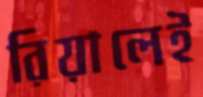
রিয়ালেই